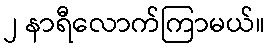
၂ နာရီလောက်ကြာမယ်။